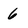
Character: 6